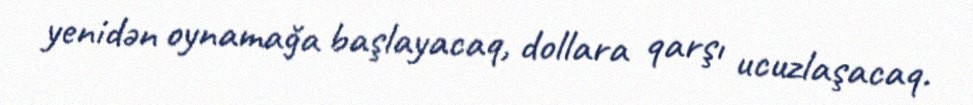
yenidən oynamağa başlayacaq, dollara qarşı ucuzlaşacaq.